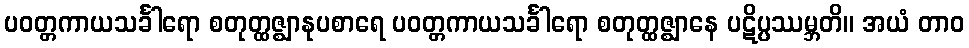
ပဝတ္တကာယသင်္ခါရော စတုတ္ထဇ္ဈာနုပစာရေ ပဝတ္တကာယသင်္ခါရော စတုတ္ထဇ္ဈာနေ ပဋိပ္ပဿမ္ဘတိ။ အယံ တာဝ